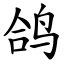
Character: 鸽